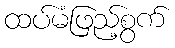
ထပ်မံဖြည့်စွက်